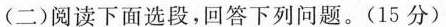
(二)阅读下面选段，回答下列问题。(15分)